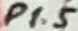
Text: P1.5